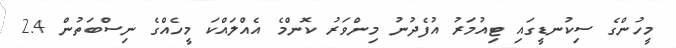
މީހުންގެ ސިކުނޑީގައި ޓިއުމަރު އުފެދުނު މިންވަރު ކޮންމެ އެއްލައްކަ މީހެއްގެ ނިސްބަތުން 2.4